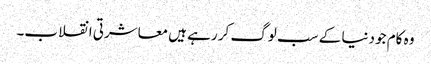
وہ کام جو دنیا کے سب لوگ کر رہے ہیں معاشرتی انقلاب۔